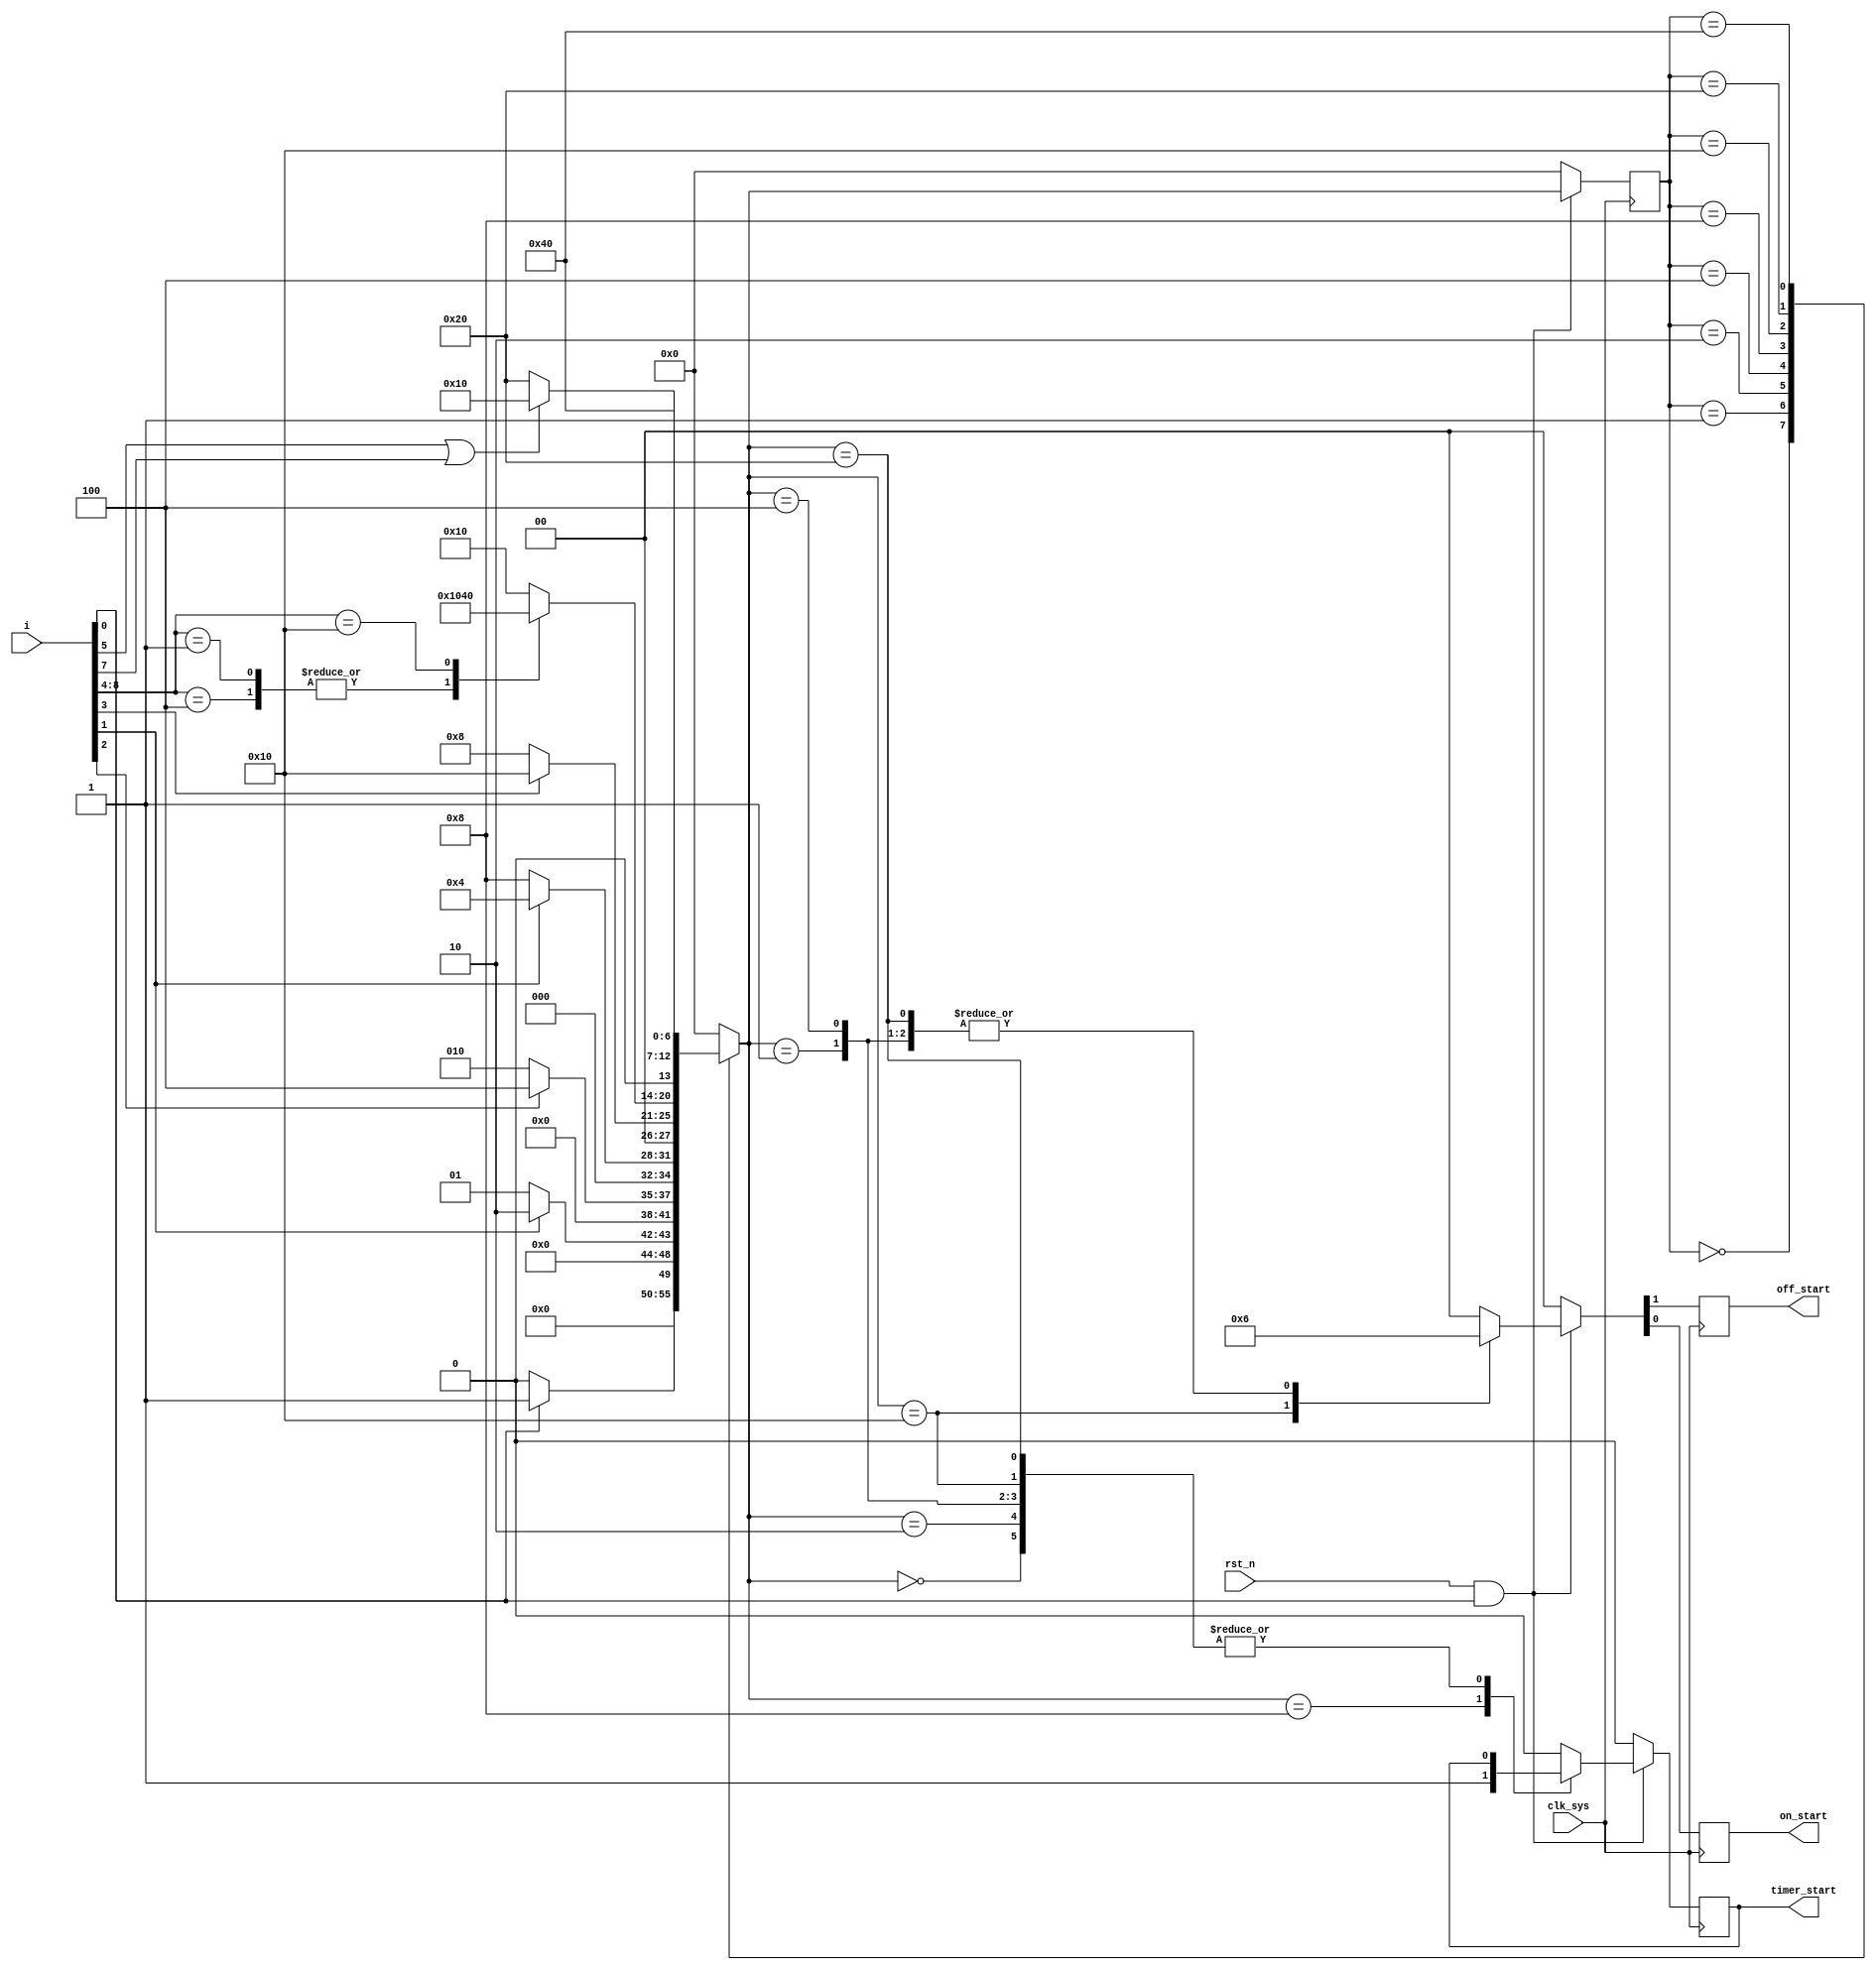
// dump_state.v
module dump_state(
                  clk_sys,
                  rst_n,
                  i,
                  off_start,
                  on_start,
                  timer_start
                 );

input clk_sys;
input rst_n;
input [8:0] i;

output off_start;
output on_start;
output timer_start;

reg off_start;
reg on_start;
reg timer_start;

reg [6:0] ns;
reg [6:0] cs;

parameter [6:0] IDLE = 7'b0000000,
                S1   = 7'b0000001,
                S2   = 7'b0000010,
                S3   = 7'b0000100,
                S4   = 7'b0001000,
                S5   = 7'b0010000,
                S6   = 7'b0100000,
                S7   = 7'b1000000;

wire en;

assign en = rst_n & i[0];

always @ (posedge clk_sys)
    begin
         if (en == 1'b0)
             cs <= IDLE;
         else
             cs <= ns;
    end

always @ (cs or i)
    begin
         case (cs)
             IDLE:
                 begin
                      if (i[0] == 1'b1)
                          ns = S1;
                      else
                          ns = IDLE;
                 end
             S1:
                 begin
                      if (i[1] == 1'b1)
                          ns = S2;
                      else
                          ns = S1;
                 end
             S2:
                 begin
                      if (i[2] == 1'b1)
                          ns = S3;
                      else
                          ns = S2;
                 end
             S3:
                 begin
                      if (i[1] == 1'b0)
                          ns = S4;
                      else
                          ns = S3;
                 end
             S4:
                 begin
                      if (i[3] == 1'b1)
                          ns = S5;
                      else
                          ns = S4;
                 end
             S5:
                 begin
                      case (i[8:4])
                          5'b00001,5'b00100: ns = S6;
                          5'b10000:          ns = S7;
                          default:           ns = S5;
                      endcase
                 end
             S6:
                 begin
                      if ((i[5] == 1'b1) || (i[7] == 1'b1))
                          ns = S5;
                      else
                          ns = S6;
                 end
             S7:
                 ns = S7;
         default:
                 ns = IDLE;
         endcase
    end

always @ (posedge clk_sys)
    begin
         if (en == 1'b0)
             begin
                  {off_start,on_start} <= 2'b00;
                  timer_start          <= 1'b0;
             end
         else
             begin
                  case (ns)
                      IDLE:
                          {off_start,on_start} <= 2'b00;
                      S1:
                          {off_start,on_start} <= 2'b10;
                      S2:
                          {off_start,on_start} <= 2'b00;
                      S3:
                          {off_start,on_start} <= 2'b10;
                      S4:
                          begin
                               {off_start,on_start} <= 2'b00;
                               timer_start          <= 1'b1;
                          end
                      S5:
                          {off_start,on_start} <= 2'b01;
                      S6:
                          {off_start,on_start} <= 2'b10;
                      S7:
                          begin
                               {off_start,on_start} <= 2'b00;
                               timer_start          <= 1'b0;
                          end
                  default:
                          begin
                               {off_start,on_start} <= 2'b00;
                               timer_start          <= 1'b0;
                          end
                  endcase
             end
    end

endmodule